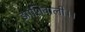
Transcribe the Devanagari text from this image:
झांशिवाली।।